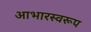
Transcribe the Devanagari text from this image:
आभारस्वरूप